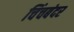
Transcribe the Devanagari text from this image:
चिंचबंदर